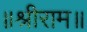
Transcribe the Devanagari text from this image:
॥श्रीराम॥